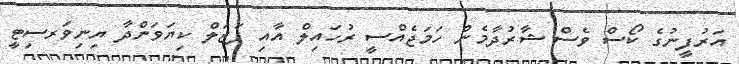
އަރުފީނުގެ ކޯސް ވެސް ޝާރުދާމެން ހަމަޖެއްސީ ރުހައިލް އާއި ފަޒަލް ކިޔަވަންދާ ޔިނިވަރސިޓީ